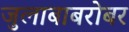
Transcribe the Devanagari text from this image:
जुलाबाबरोबर